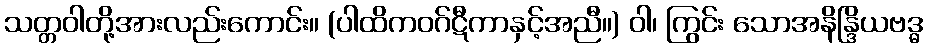
သတ္တဝါတို့အားလည်းကောင်း။ (ပါထိကဝဂ်ဋီကာနှင့်အညီ။) ဝါ၊ ကြွင်း သောအနိန္ဒြိယဗဒ္ဓ